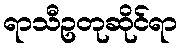
ရာသီဥတုဆိုင်ရာ